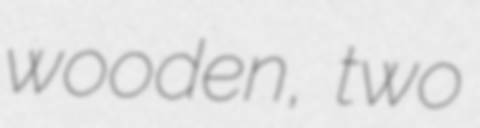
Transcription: wooden, two